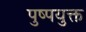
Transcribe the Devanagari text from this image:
पुष्पयुक्त